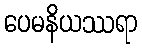
ပေမနိယဿရာ